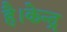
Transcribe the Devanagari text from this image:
है।केन्द्र